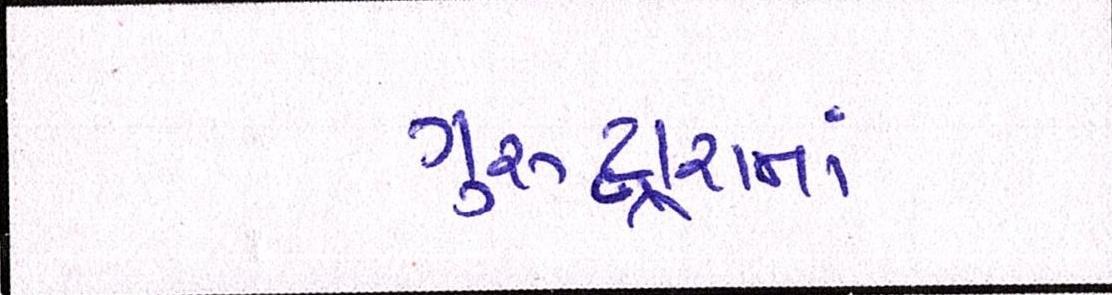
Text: ગુરુદ્વારાનાં